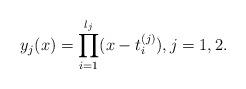
LaTeX: \begin{align*}y_j(x)=\prod_{i=1}^{l_j}(x-t_i^{(j)}),j=1,2.\end{align*}